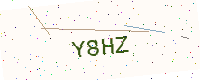
Text: Y8HZ